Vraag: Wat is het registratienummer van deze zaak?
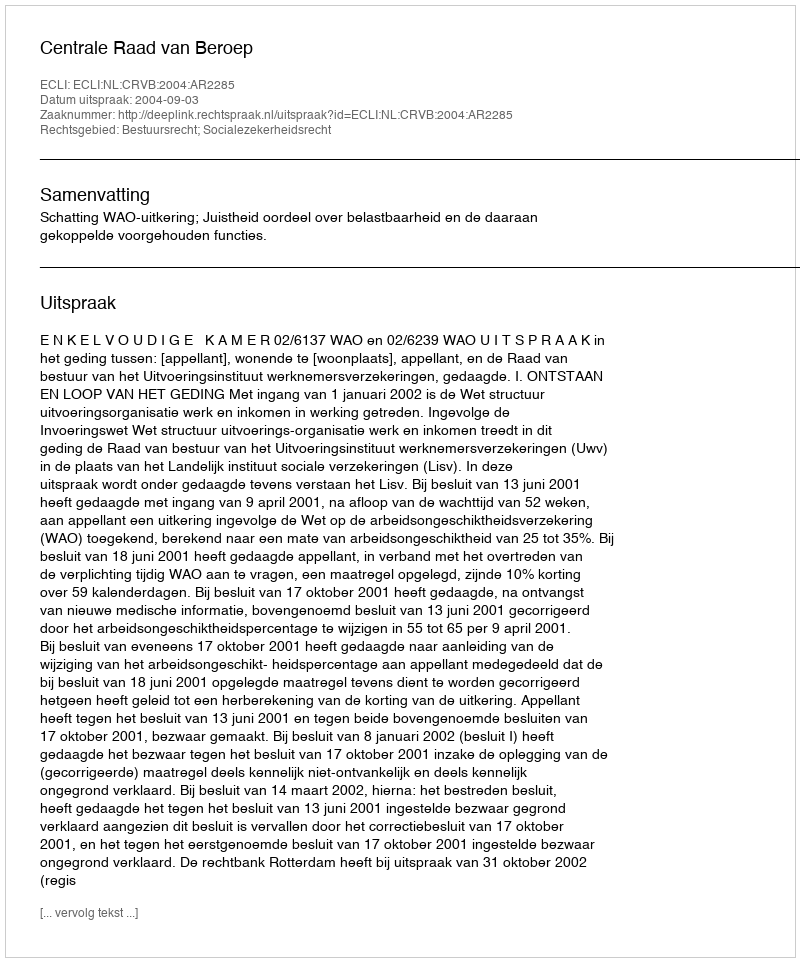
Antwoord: http://deeplink.rechtspraak.nl/uitspraak?id=ECLI:NL:CRVB:2004:AR2285